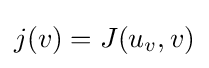
j(v)=J(u_{v},v)